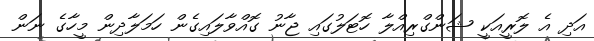
އަދި އެ ލޮރީއަކީ ޝަންގްރިއްލާ ހޮޓަލުގައި ޖާނު ގޮއްވާލައިގެން ހަމަލާދިން މީހާގެ ނަން